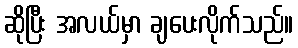
ဆိုပြီး အလယ်မှာ ချပေးလိုက်သည်။